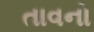
તાવનો